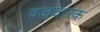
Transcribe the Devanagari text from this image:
वज्रवारक